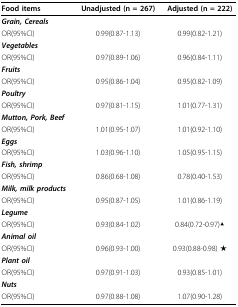
| Food items | Unadjusted (n = 267) | Adjusted (n = 222) |
 | --- | --- | --- |
 | Grain, Cereals |  |  |
 | OR(95%CI) | 0.99(0.87-1.13) | 0.99(0.82-1.21) |
 | Vegetables |  |  |
 | OR(95%CI) | 0.97(0.89-1.06) | 0.96(0.84-1.11) |
 | Fruits |  |  |
 | OR(95%CI) | 0.95(0.86-1.04) | 0.95(0.82-1.09) |
 | Poultry |  |  |
 | OR(95%CI) | 0.97(0.81-1.15) | 1.01(0.77-1.31) |
 | Mutton, Pork, Beef |  |  |
 | OR(95%CI) | 1.01(0.95-1.07) | 1.01(0.92-1.10) |
 | Eggs |  |  |
 | OR(95%CI) | 1.03(0.96-1.10) | 1.05(0.95-1.15) |
 | Fish, shrimp |  |  |
 | OR(95%CI) | 0.86(0.68-1.08) | 0.78(0.40-1.53) |
 | Milk, milk products |  |  |
 | OR(95%CI) | 0.95(0.87-1.05) | 1.01(0.86-1.19) |
 | Legume |  |  |
 | OR(95%CI) | 0.93(0.84-1.02) | 0.84(0.72-0.97)▲ |
 | Animal oil |  |  |
 | OR(95%CI) | 0.96(0.93-1.00) | 0.93(0.88-0.98) ★ |
 | Plant oil |  |  |
 | OR(95%CI) | 0.97(0.91-1.03) | 0.93(0.85-1.01) |
 | Nuts |  |  |
 | OR(95%CI) | 0.97(0.88-1.08) | 1.07(0.90-1.28) |